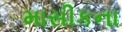
માસીકના